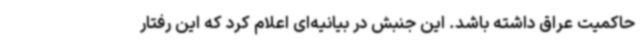
حاکمیت عراق داشته باشد. این جنبش در بیانیه‌ای اعلام کرد که این رفتار